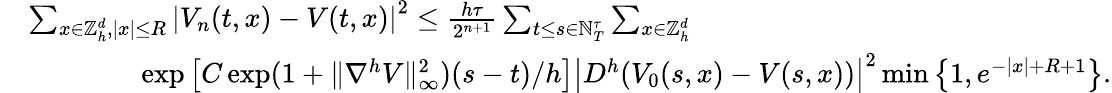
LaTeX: \begin{array}{rl}&{\sum_{x\in{\mathbb{Z}}_{h}^{d},|x|\leq R}\left|V_{n}(t,x)-V(t,x)\right|^{2}\leq\frac{h\tau}{2^{n+1}}\sum_{t\leq s\in{\mathbb{N}}_{T}^{\tau}}\sum_{x\in{\mathbb{Z}}_{h}^{d}}}\\ &{\qquad\qquad\exp\left[{C\exp(1+\| \nabla^{h}V\| _{\infty}^{2})(s-t)/h}\right]\left|D^{h}(V_{0}(s,x)-V(s,x))\right|^{2}\operatorname*{min}\left\{ 1,e^{-|x|+R+1}\right\} .}\end{array}